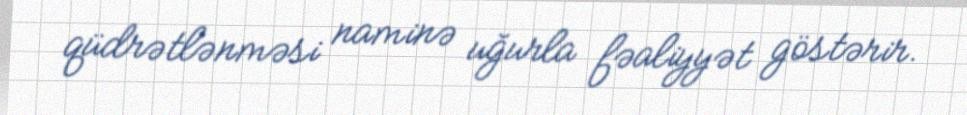
qüdrətlənməsi naminə uğurla fəaliyyət göstərir.